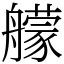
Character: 艨